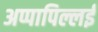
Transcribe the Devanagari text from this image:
अप्पापिल्लई